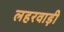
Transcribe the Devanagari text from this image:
लहरवाड़ी